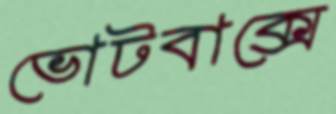
ভোটবাক্সে